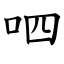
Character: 呬